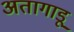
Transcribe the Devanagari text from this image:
अतागाडू